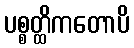
ပစ္စတ္ထိကတောပိ